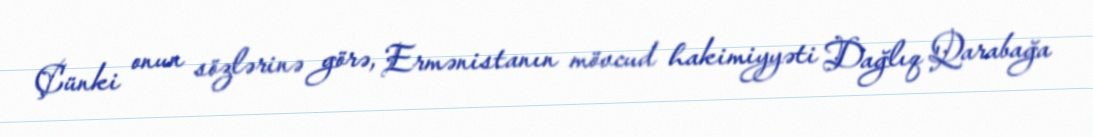
Çünki onun sözlərinə görə, Ermənistanın mövcud hakimiyyəti Dağlıq Qarabağa